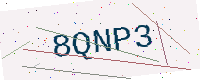
Text: 8QNP3